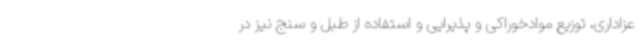
عزاداری، توزیع موادخوراکی و پذیرایی و استفاده از طبل و سنج نیز در